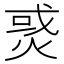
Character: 𤉹